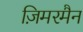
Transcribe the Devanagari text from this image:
ज़िमरमैन